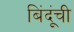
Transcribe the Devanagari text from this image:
बिंदूंची